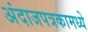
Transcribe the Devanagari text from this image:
अंदाजपत्रकामध्ये